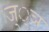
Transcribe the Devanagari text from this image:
ज््ञ